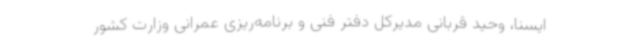
ایسنا، وحید قربانی مدیرکل دفتر فنی و برنامه‌ریزی عمرانی وزارت کشور